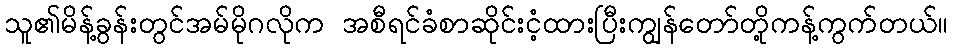
သူ၏မိန့်ခွန်းတွင်အမ်မိုဂလိုက အစီရင်ခံစာဆိုင်းငံ့ထားပြီးကျွန်တော်တို့ကန့်ကွက်တယ်။